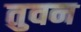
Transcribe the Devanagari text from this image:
तुवन